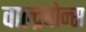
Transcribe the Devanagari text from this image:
वाल्द्रबोन्स